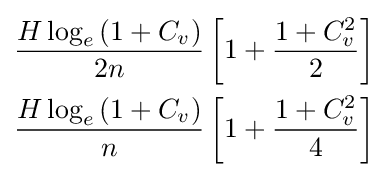
{\begin{aligned}{\frac {H\log _{e}\left(1+C_{v}\right)}{2n}}\left[1+{\frac {1+C_{v}^{2}}{2}}\right]\\{\frac {H\log _{e}\left(1+C_{v}\right)}{n}}\left[1+{\frac {1+C_{v}^{2}}{4}}\right]\end{aligned}}